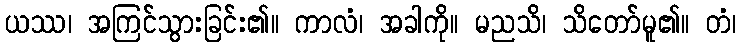
ယဿ၊ အကြင်သွားခြင်း၏။ ကာလံ၊ အခါကို။ မညသိ၊ သိတော်မူ၏။ တံ၊